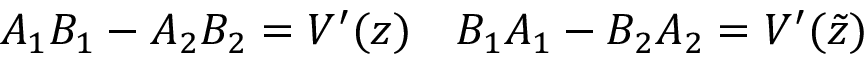
A _ { 1 } B _ { 1 } - A _ { 2 } B _ { 2 } = V ^ { \prime } ( z ) \quad B _ { 1 } A _ { 1 } - B _ { 2 } A _ { 2 } = V ^ { \prime } ( \tilde { z } )